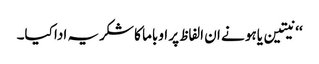
‘‘ نیتین یاہو نے ان الفاظ پر اوباما کا شکریہ ادا کیا۔